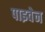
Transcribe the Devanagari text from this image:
पाइवेन